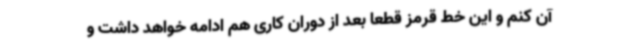
آن کنم و این خط قرمز قطعا بعد از دوران کاری هم ادامه خواهد داشت و